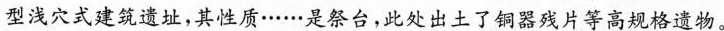
型浅穴式建筑遗址，其性质……是祭台，此处出土了铜器残片等高规格遗物。